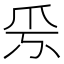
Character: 𤓹